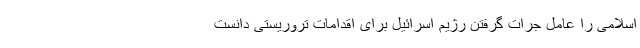
اسلامی را عامل جرات گرفتن رژیم اسرائیل برای اقدامات تروریستی دانست